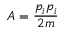
A = { \frac { p _ { i } p _ { i } } { 2 m } }